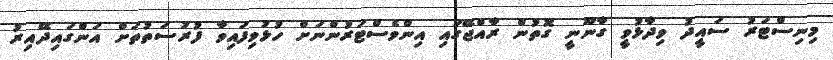
މިނިސްޓަރު ސައީދު ވިދާޅުވީ ގާނޫނީ ގޮތުން ރާއްޖޭގައި އިންވެސްޓަރުންނަށް ހުޅުވިފައިވާ ފުރުސަތުތަށް އަންގައިދޭއިރު